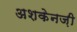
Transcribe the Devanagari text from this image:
अशकेनज़ी